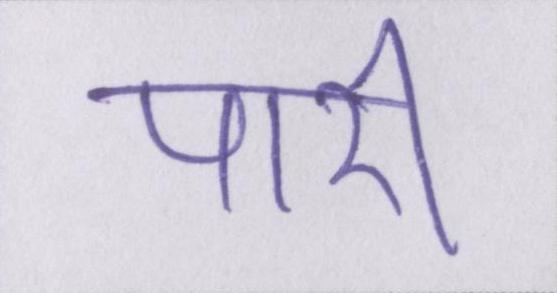
पारी